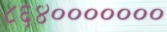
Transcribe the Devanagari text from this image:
८६४०००००००